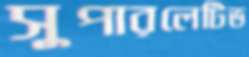
সুপারলেটিভ